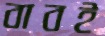
বাবই